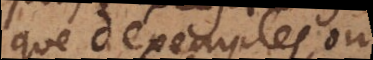
que d’exemples, ou